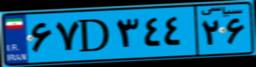
۶۷D۳۴۴۲۶